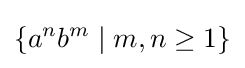
\left\{a^{n}b^{m}\mid m,n\geq 1\right\}